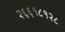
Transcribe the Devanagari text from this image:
२६६१८१२८